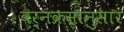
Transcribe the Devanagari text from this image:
वर्नक्रमानुसार